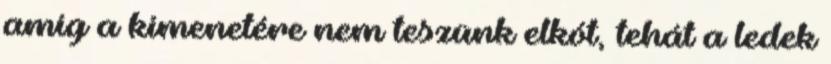
amíg a kimenetére nem teszünk elkót, tehát a ledek